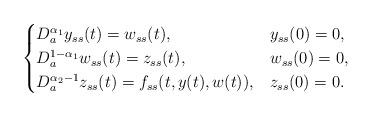
LaTeX: \begin{align*}\begin{cases}D^{\alpha_1}_ay_{ss}(t) = w_{ss}(t), & y_{ss}(0) = 0,\\D^{1-\alpha_1}_aw_{ss}(t) = z_{ss}(t), & w_{ss}(0) = 0,\\D^{\alpha_2-1}_az_{ss}(t) = f_{ss}(t,y(t),w(t)), & z_{ss}(0) = 0.\end{cases}\end{align*}